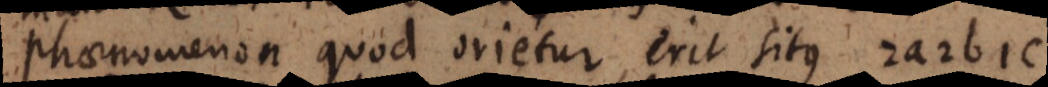
phaenomenon quod orietur, erit situs 2a2b1c